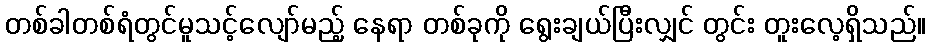
တစ်ခါတစ်ရံတွင်မူသင့်လျော်မည့် နေရာ တစ်ခုကို ရွေးချယ်ပြီးလျှင် တွင်း တူးလေ့ရှိသည်။